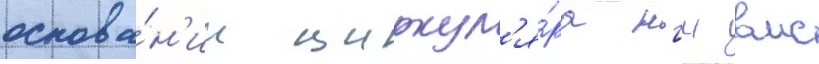
основа́н'ии циркул'я́ра нгш вмс